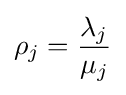
\rho _{j}={\frac {\lambda _{j}}{\mu _{j}}}